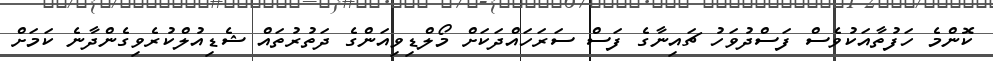
ކޮންމެ ހަފުތާއަކުވެސް ފަސްދުވަހު ޗައިނާގެ ފަސް ސަރަހައްދަކަށް މޯލްޑިވިއަންގެ ދަތުރުތައް ޝެޑިއުލްކުރެވިގެންދާނެ ކަމަށް